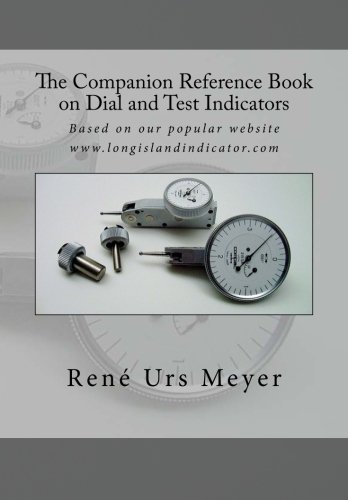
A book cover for The Companion Reference Book on Dial and Test Indicators: Based on our popular website www.longislandindicator.com; RenÃ© Urs Meyer; Science & Math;